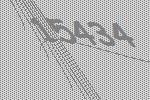
15434